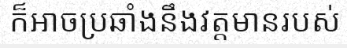
ក៏អាចប្រឆាំងនឹងវត្តមានរបស់